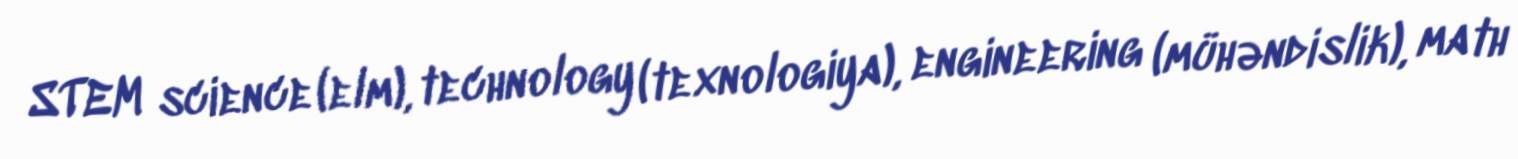
STEM science (elm), technology (texnologiya), engineering (mühəndislik), math